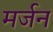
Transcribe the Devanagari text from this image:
मर्जन